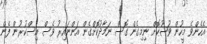
އެހެންވެ މީހުން ވުޟޫކޮށް ނިމިގެން ގޮސް ނަމާދުކޮށްގެން އަންނައިރު ވެސް އިސްކުރުން ފެން